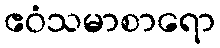
ဧဝံသမာစာရော